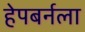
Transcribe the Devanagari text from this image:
हेपबर्नला